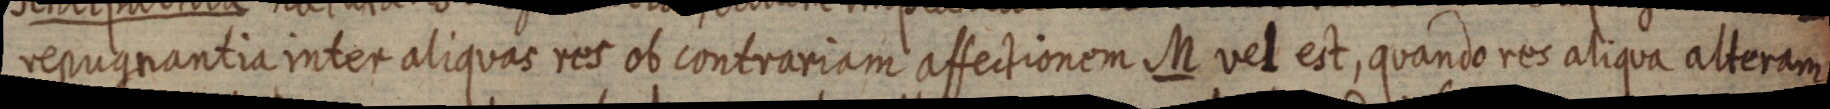
repugnantia inter aliquas res ob contrariam affectionem M vel est, quando res aliqua alteram